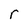
Character: r